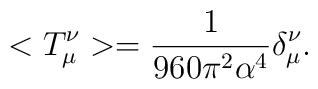
< T^{\nu}_{\mu}>=\frac{1}{960\pi^{2}\alpha^{4}}\delta^{\nu}_{\mu}.